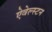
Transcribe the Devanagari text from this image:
ऐवेल्स्टन